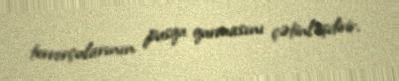
terrorçularının pusqu qurmasını çətinləşdirir.